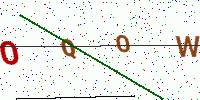
Text: OQOW